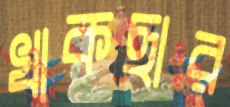
খাকছার